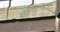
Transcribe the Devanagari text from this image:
नीलोत्पलाम्बुदतनोस्तरुणार्ककोटि